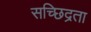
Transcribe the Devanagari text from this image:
सच्छिद्रता